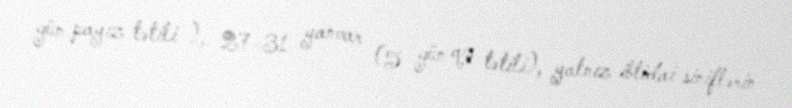
gün payız tətili ), 27-31 yanvar (5 gün qış tətili), yalnız ibtidai siniflərin